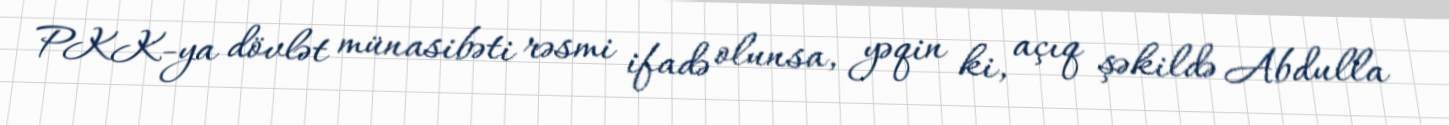
PKK-ya dövlət münasibəti rəsmi ifadə olunsa, yəqin ki, açıq şəkildə Abdulla